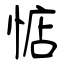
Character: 惦